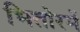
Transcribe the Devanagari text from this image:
भितोरमें